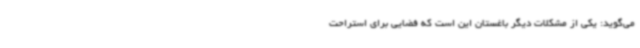
می‌گوید: یکی از مشکلات دیگر باغستان این است که فضایی برای استراحت